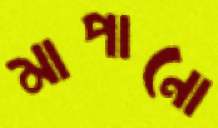
মাপানো